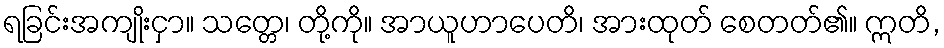
ရခြင်းအကျိုးငှာ။ သတ္တေ၊ တို့ကို။ အာယူဟာပေတိ၊ အားထုတ် စေတတ်၏။ ဣတိ,